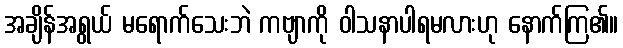
အချိန်အရွယ် မရောက်သေးဘဲ ကဗျာကို ဝါသနာပါရမလားဟု နောက်ကြ၏။